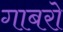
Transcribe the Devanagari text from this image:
गाबरो